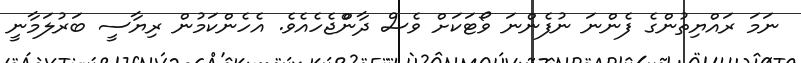
ނަމަ ރައްޔިތުންގެ ފެންނަ ނުފެންނަ ވޯޓަކަށް ވެސް ދާންްޖެހެއެވެ. އެހެންކަމުން ރިޔާސީ ބަރުލަމާނީ